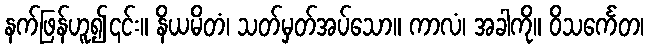
နက်ဖြန်ဟူ၍၎င်း။ နိယမိတံ၊ သတ်မှတ်အပ်သော။ ကာလံ၊ အခါကို။ ဝိသင်္ကေတ၊